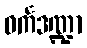
ဝင်္ကဒဏ္ဍာ